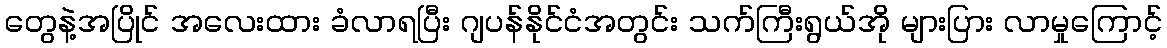
တွေနဲ့အပြိုင် အလေးထား ခံလာရပြီး ဂျပန်နိုင်ငံအတွင်း သက်ကြီးရွယ်အို များပြား လာမှုကြောင့်